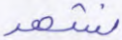
نشهد